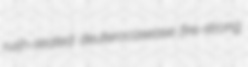
rush-seated deuterocasease fire-strong